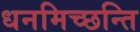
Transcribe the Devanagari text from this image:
धनमिच्छन्ति